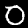
Digit: 0